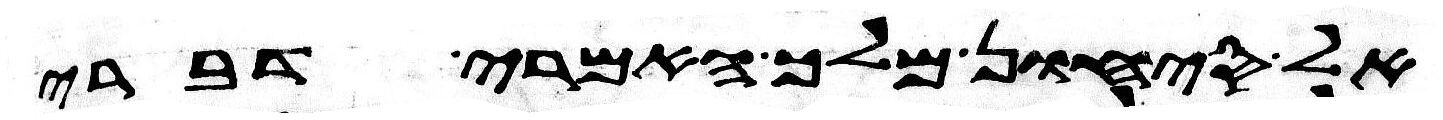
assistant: אל סיחון מלך האמרי דברי